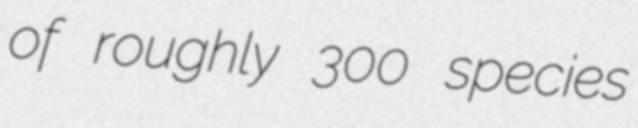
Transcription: of roughly 300 species